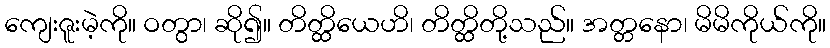
ကျေးဇူးမဲ့ကို။ ဝတွာ၊ ဆို၍။ တိတ္ထိယေဟိ၊ တိတ္ထိတို့သည်။ အတ္တနော၊ မိမိကိုယ်ကို။